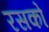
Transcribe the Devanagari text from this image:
रसको